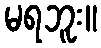
မရဘူး။